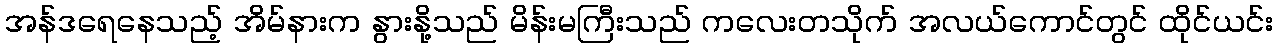
အန်ဒရေနေသည့် အိမ်နားက နွားနို့သည် မိန်းမကြီးသည် ကလေးတသိုက် အလယ်ကောင်တွင် ထိုင်ယင်း